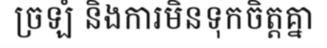
ច្រឡំ និងការមិនទុកចិត្តគ្នា